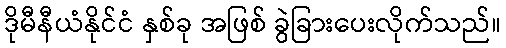
ဒိုမီနီယံနိုင်ငံ နှစ်ခု အဖြစ် ခွဲခြားပေးလိုက်သည်။